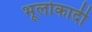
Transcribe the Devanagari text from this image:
भूलोकादी